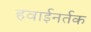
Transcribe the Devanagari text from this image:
हवाईनर्तक